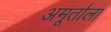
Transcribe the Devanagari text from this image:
अमूर्ताला